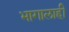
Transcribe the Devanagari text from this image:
भागालाही